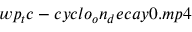
w p _ { t } c - c y c l o _ { o } n _ { d } e c a y 0 . m p 4